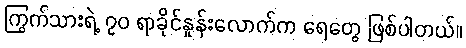
ကြွက်သားရဲ့ ၇၀ ရာခိုင်နှုန်းလောက်က ရေတွေ ဖြစ်ပါတယ်။